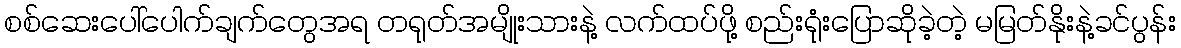
စစ်ဆေးပေါ်ပေါက်ချက်တွေအရ တရုတ်အမျိုးသားနဲ့ လက်ထပ်ဖို့ စည်းရုံးပြောဆိုခဲ့တဲ့ မမြတ်နိုးနဲ့ခင်ပွန်း